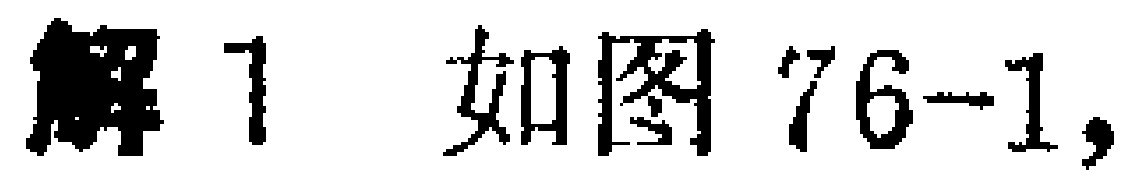
解 1 如图 76-1,